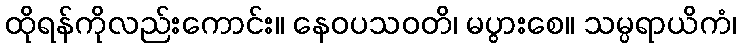
ထိုရန်ကိုလည်းကောင်း။ နေဝပသဝတိ၊ မပွားစေ။ သမ္ပရာယိကံ၊